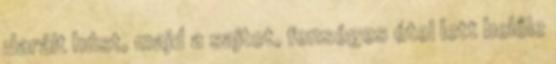
darált húst, majd a sajtot, fenséges étel lett belőle